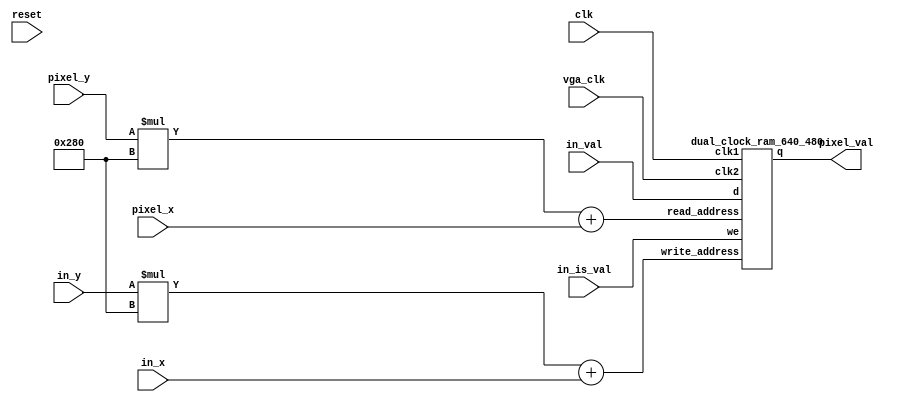
module vga_stereo_debug #(parameter ROW_SZ = 320, parameter COL_SZ = 240)(
	input				clk,
	input				reset,
	input		[9:0]	in_x,
	input		[9:0]	in_y,
	input		[7:0]	in_val,
	input				in_is_val,

	// Interface for the VGA contrller
	input				vga_clk,
	input		[9:0]	pixel_x,
	input		[9:0]	pixel_y,
	output		[7:0]	pixel_val
);

	wire		[7:0]	wr_val;
	wire		[18:0]	wr_addr;
	wire 		[18:0]	rd_addr;

	assign wr_addr = in_y*640 + in_x;
	assign rd_addr = pixel_y*640 + pixel_x;

	dual_clock_ram_640_480 frame_buf(
		.q(pixel_val),
		.d(in_val),
		.write_address(wr_addr),
		.read_address(rd_addr),
		.we(in_is_val),
		.clk1(clk),
		.clk2(vga_clk)
	);

endmodule

/* Adapted from Altera's Recommended HDL Coding Styles Example 12-16 */
module dual_clock_ram_640_480(
	output	reg	[7:0]	q,
	input		[7:0]	d,
	input		[18:0] 	write_address, read_address,
	input 				we, clk1, clk2
);
	reg			[18:0]	read_address_reg;
	reg			[7:0]	mem [307199:0];  // 640*480

	always @ (posedge clk1)
	begin
		if (we)
			mem[write_address] <= d;
 	end

	always @ (posedge clk2) begin
		q <= mem[read_address_reg];
		read_address_reg <= read_address;
	end

endmodule